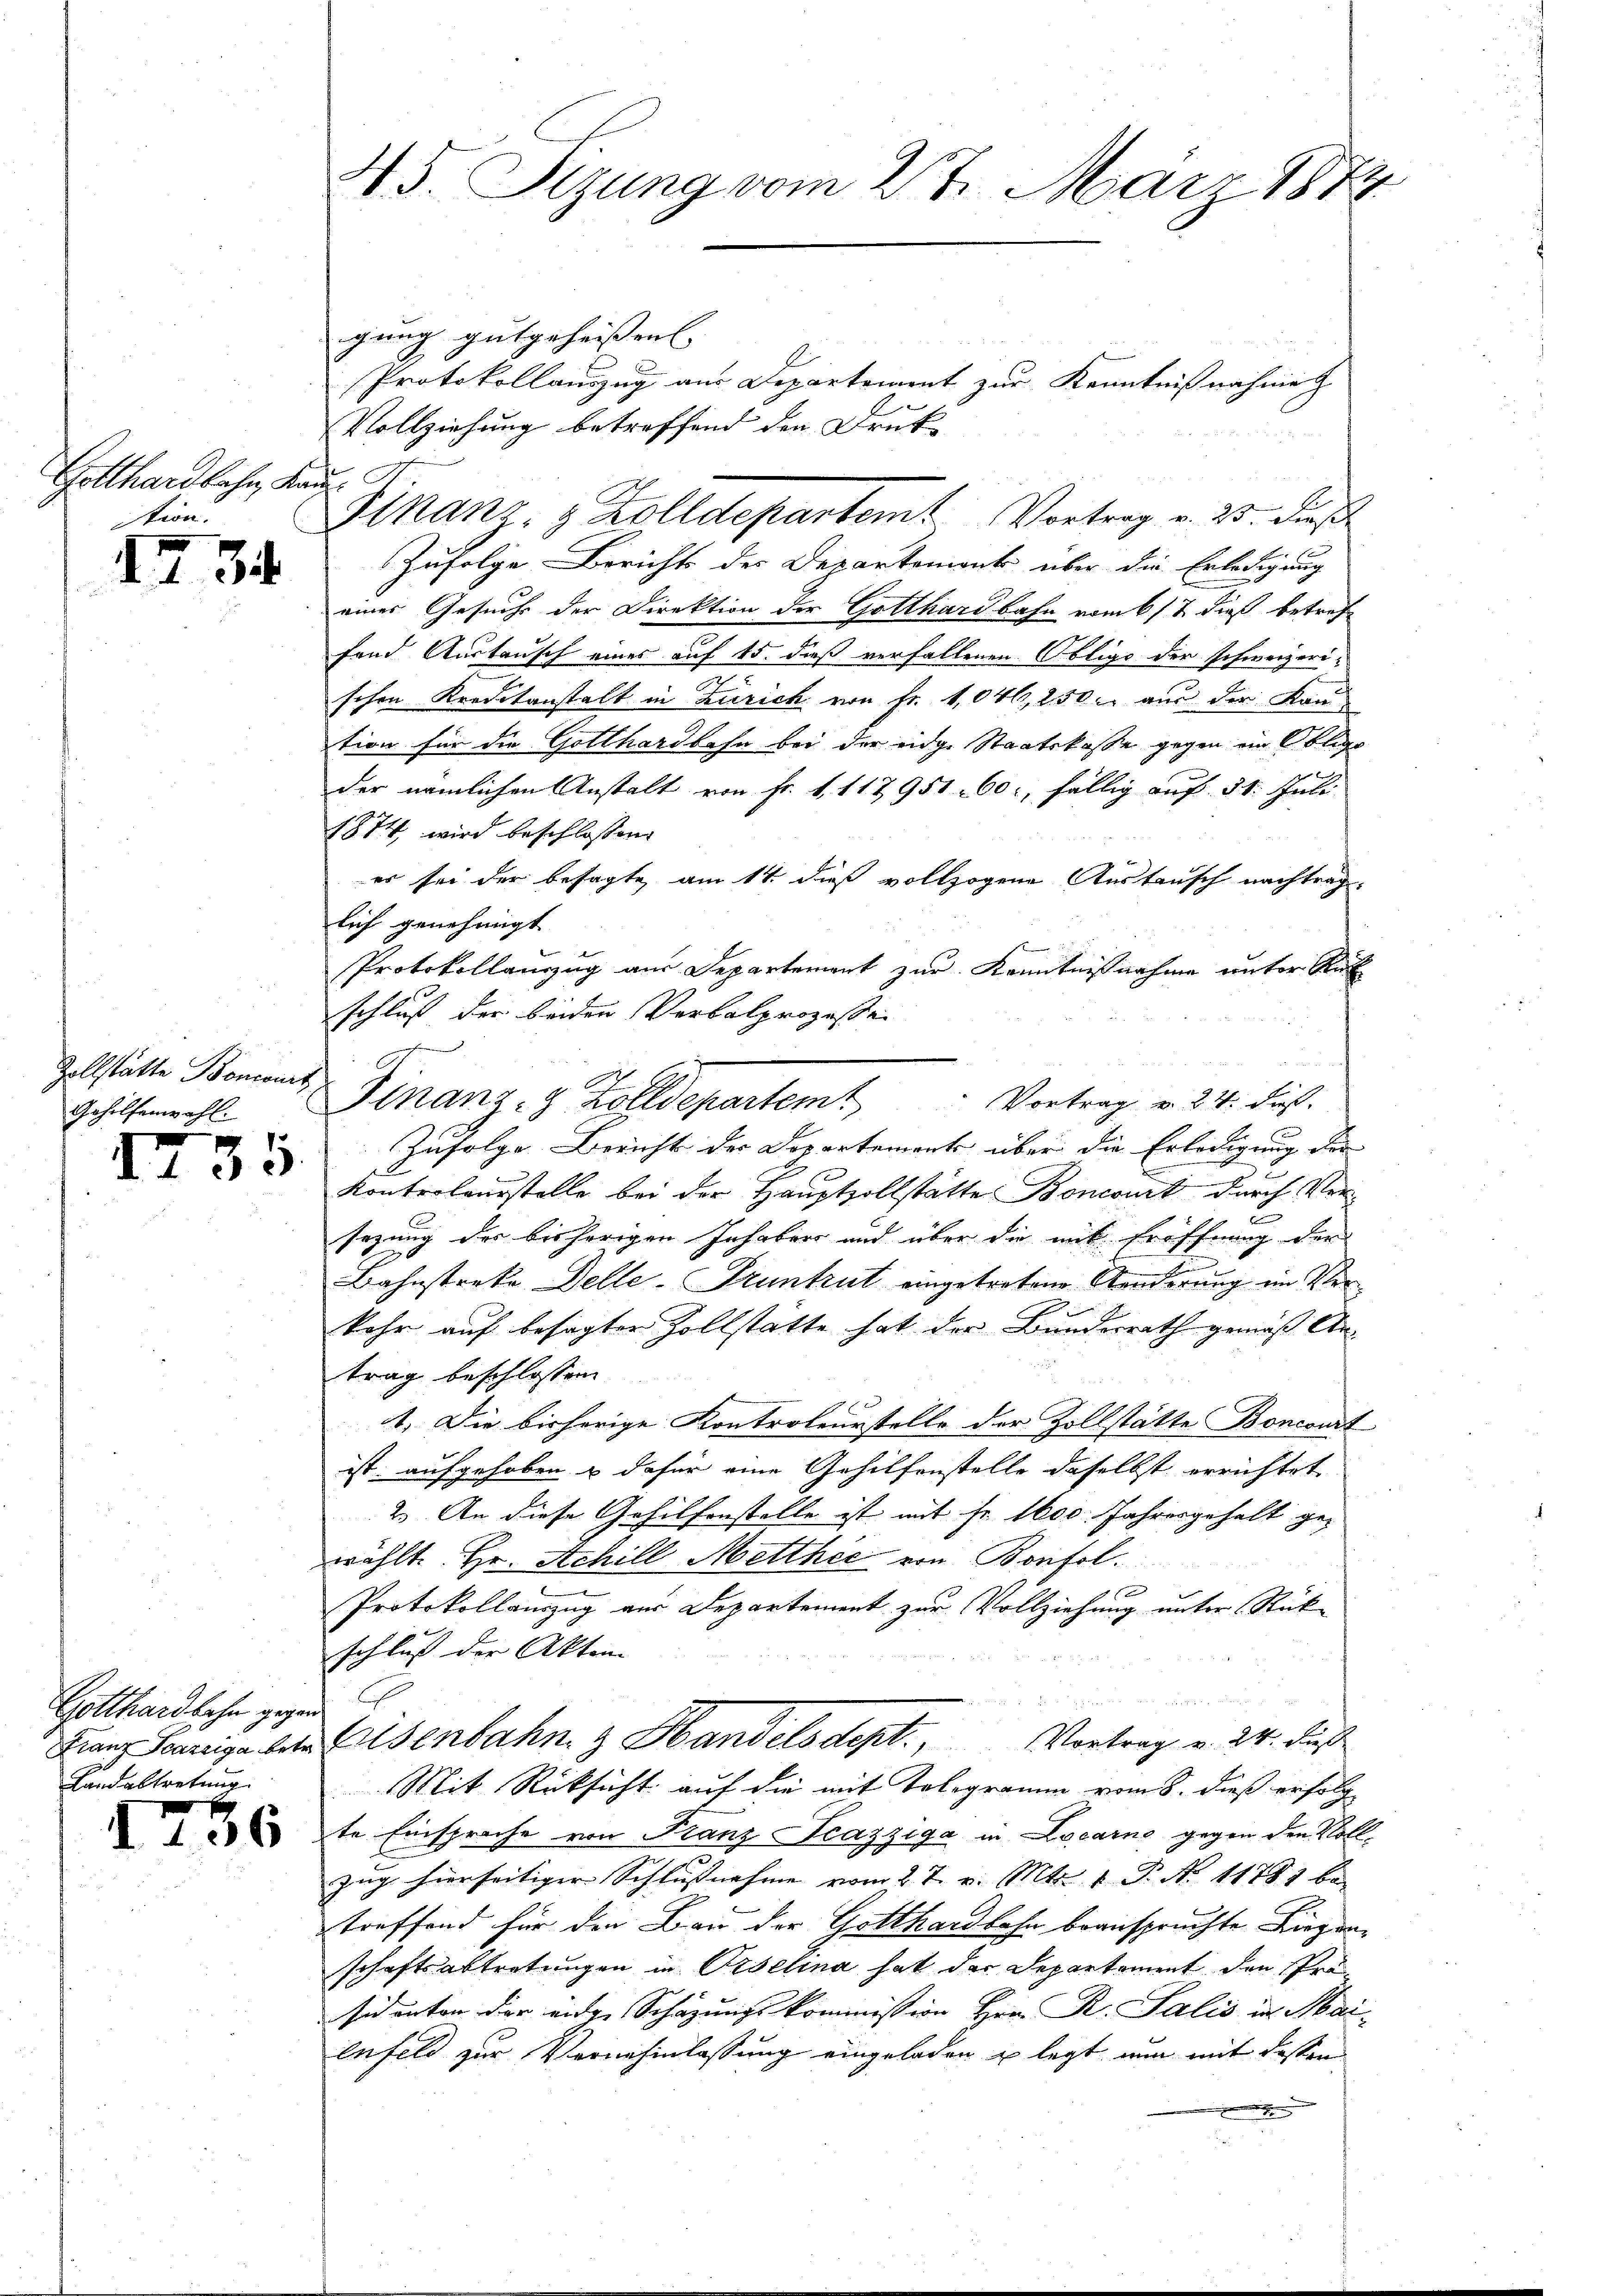
Gotthardbahn, Kanz
stion.

I 34

Zollstätte Boncourt
Gehilfenwahl.

¬

I

435

Gotthardbahn gegen
Landabtretung

756

45. Sizung vom 27. März 1872

gung gutgeheißen.
Protokollauszug aus Departement zur Kenntnißnahme
Vollziehung betreffend den Druk¬
Zufolge Berichts des Departement über die Erledigung
eines Gesuchs der Direktion der Gotthardbahn vom 6 t dieß betreff
fand Austausch eines auf 15. dieß verfallenen Obligo der schweizerischen Kreditanstalt in Zürich von Fr. 1,046, 2500 aus der Kantion für die Gotthardbahn bei der eidge Staatskasse gegen ein Oblige
der nämlichen Anstalt von Fr. 1. 117951. 60, fällig auf 31. Juli
1874 wird beschlossen:
er sei der besagte am 14. dieß vollzogene Austausch nachtraglich genehmigt.
Protokollanzzug aus Departement zur Kenntnißnahme unter Ruh
schluß der beiden Verbalprozessei
ch
Zufolge Bericht der Departement über die Erledigung der
Kontrolausstelle bei der Hauptvollstätte Boncourt durch Ver¬
2
sezung der bisherigen Inhaber und über die mit Eröffnung der
Bahnstreke Delle- Pruntrut eingetretene Aenderung ein Verkehr auf besagter Zollstätte hat der Bunderrath gemäß An-
trag beschlossen
1. Die bisherige Kontroleurstelle der Zollstätte Bonconst
ist aufgehoben & dafür eine Gehilfenstelle daselbst errichtet
2.) An diese Gehilfenstelle ist mit Fr. 1600. Jahresgehalt ge-
wählte. Hr. Achill Metthie von Bonfol
Protokollauszug aus Departement zur Vollziehung unter Rück-
schluß der Akten
Franz Sanige bere Eisenbahn & Handelsdept., Vortrag v. 24. dieß
Mit Rücksicht auf die mit Telegramm vom 8. dieß erfolg
te Einsprache von Franz Scazziga in Locarno gegen den Vollzug hierseitiger Schlussnahme vom 27. v. Mts. 1 P. Nr. 11883 be
treffend für den Bau der Gotthardbahn beanspruchte Liegenschaftsabtretungen in Orselina hat der Departement den Prosich unten der einge Schazungskommission Hrn. R. Salis in Maienfeld zur Vernehmlassung eingeladen u legt nun mit dessen

Finanz, z. Zolldepartemt Vortrag v. 25. dieß

Finanz- 8 Zolldepartemt Vortrag v. 24. dieß.